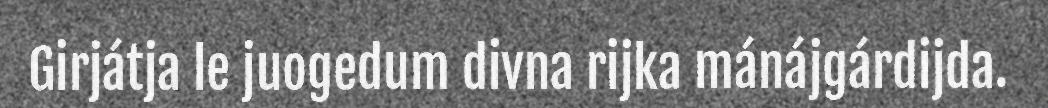
Girjátja le juogedum divna rijka mánájgárdijda.